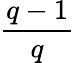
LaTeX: \frac{q-1}{q}